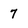
Character: 7